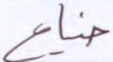
ضياع